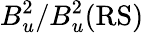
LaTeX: B_{u}^{2}/B_{u}^{2}(\mathrm{RS)}